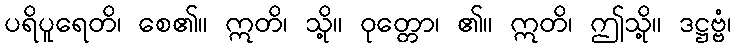
ပရိပူရေတိ၊ စေ၏။ ဣတိ၊ သို့။ ဝုတ္တော၊ ၏။ ဣတိ၊ ဤသို့။ ဒဋ္ဌဗ္ဗံ၊